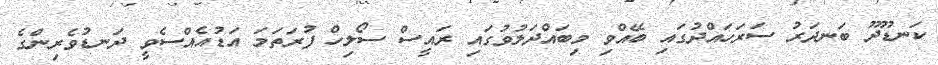
ކަނޑޫދޫ ބަނދަރު ސަރަހައްދުގައި ބޭއްވި މިބައްދަލުވުގައި ރައީސް ސޯލިހް ފުރަތަމަ އަޑުއެއްސެވީ ދަނޑުވެރިންގެ